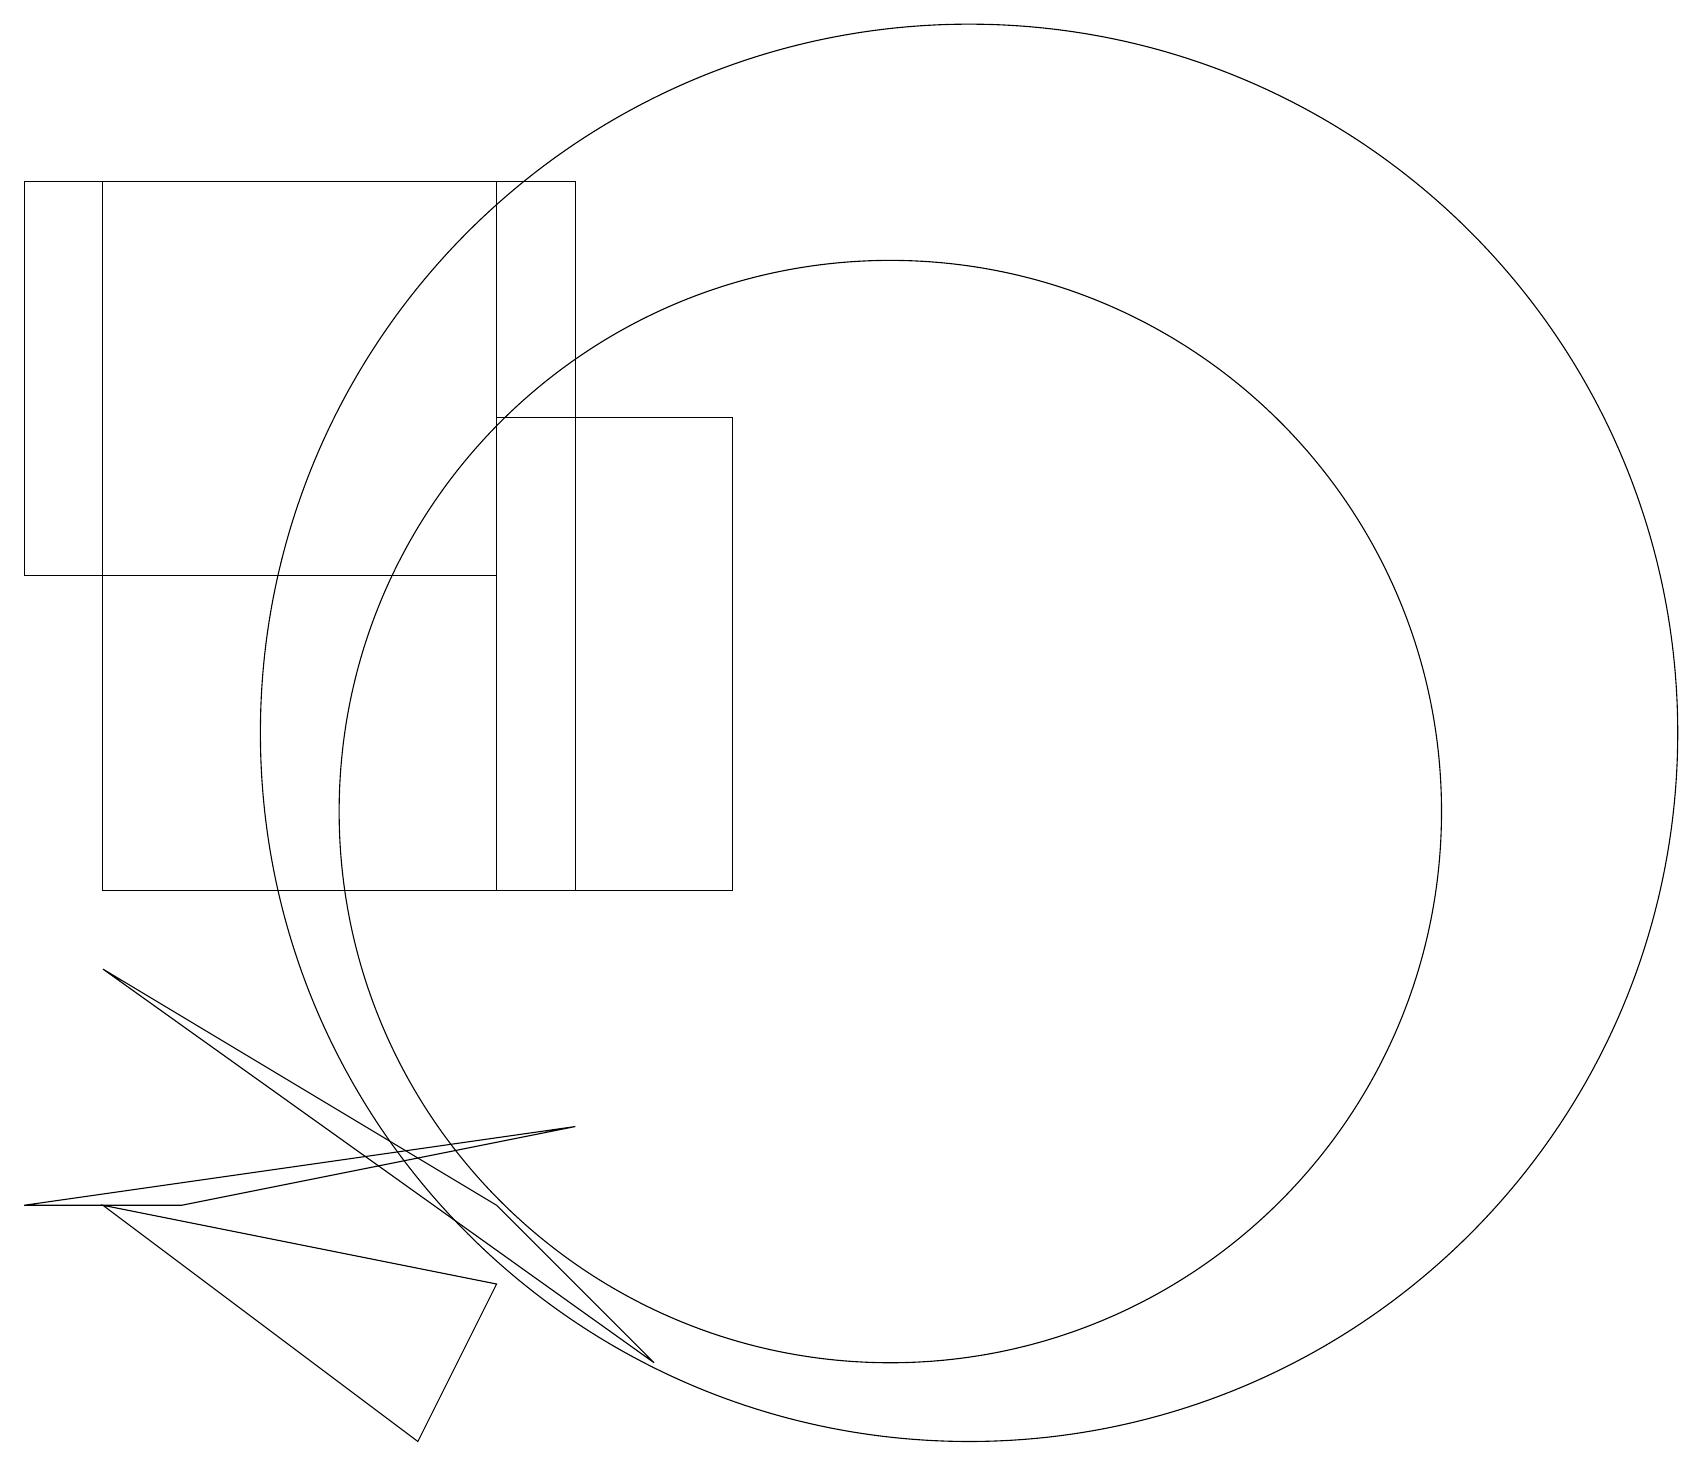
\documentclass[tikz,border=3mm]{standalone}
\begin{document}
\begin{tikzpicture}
\draw (6,14) rectangle (0,19);
\draw (9,10) rectangle (6,16);
\draw (0,6) -- (7,7) -- (2,6) -- cycle;
\draw (12,12) circle (9);
\draw (5,3) -- (1,6) -- (6,5) -- cycle;
\draw (7,10) rectangle (1,19);
\draw (11,11) circle (7);
\draw (1,9) -- (8,4) -- (6,6) -- cycle;
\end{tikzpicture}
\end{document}